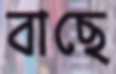
বাছে